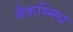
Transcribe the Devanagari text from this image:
बैकस्मिथ